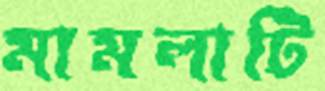
মামলাটি